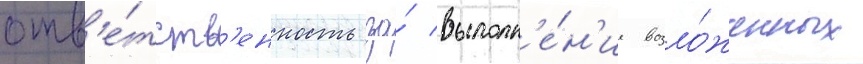
отв'е́тств'енность за́ выполн'е́н'ие возло́женных